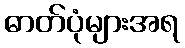
ဓာတ်ပုံများအရ